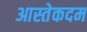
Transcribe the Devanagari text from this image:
आस्तेकदम